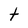
Character: t